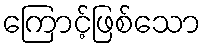
ကြောင့်ဖြစ်သော